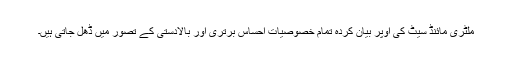
ملٹری مائنڈ سیٹ کی اوپر بیان کردہ تمام خصوصیات احساس برتری اور بالادستی کے تصور میں ڈھل جاتی ہیں۔